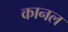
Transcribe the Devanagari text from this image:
कानल